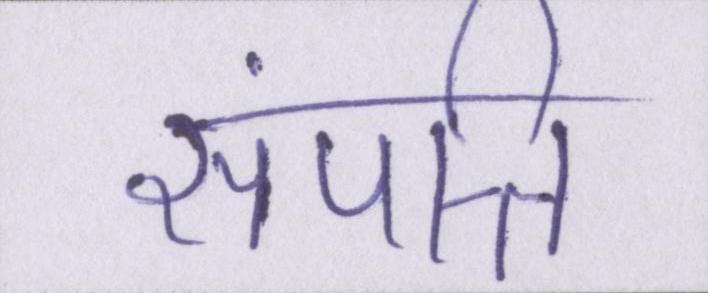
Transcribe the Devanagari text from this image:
संपत्ति